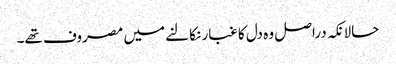
حالانکہ دراصل وہ دل کا غبار نکالنے میں مصروف تھے۔